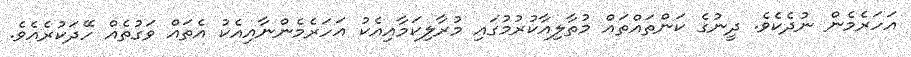
އަހަރެމެން ނުދެކެވެ. ދީނުގެ ކަންތައްތައް މުތާލިއާކުރުމުގައި މުރާލިކަމާއިއެކު އަހަރެމެންނާއިއެކު އެތައް ވަގުތެއް ހޭދަކުރެއެވެ.